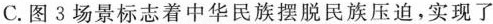
C.图3场景标志着中华民族摆脱民族压迫，实现了